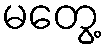
မတွေ့